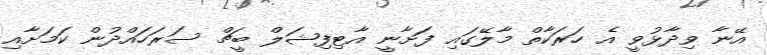
އޭނާ ވިދާޅުވީ އެ ހަރަކާތް މާލޭގައި ފަށާނީ އާޓިފިޝަލް ބީޗް ސަރަހައްދުން ކަމަށާއި